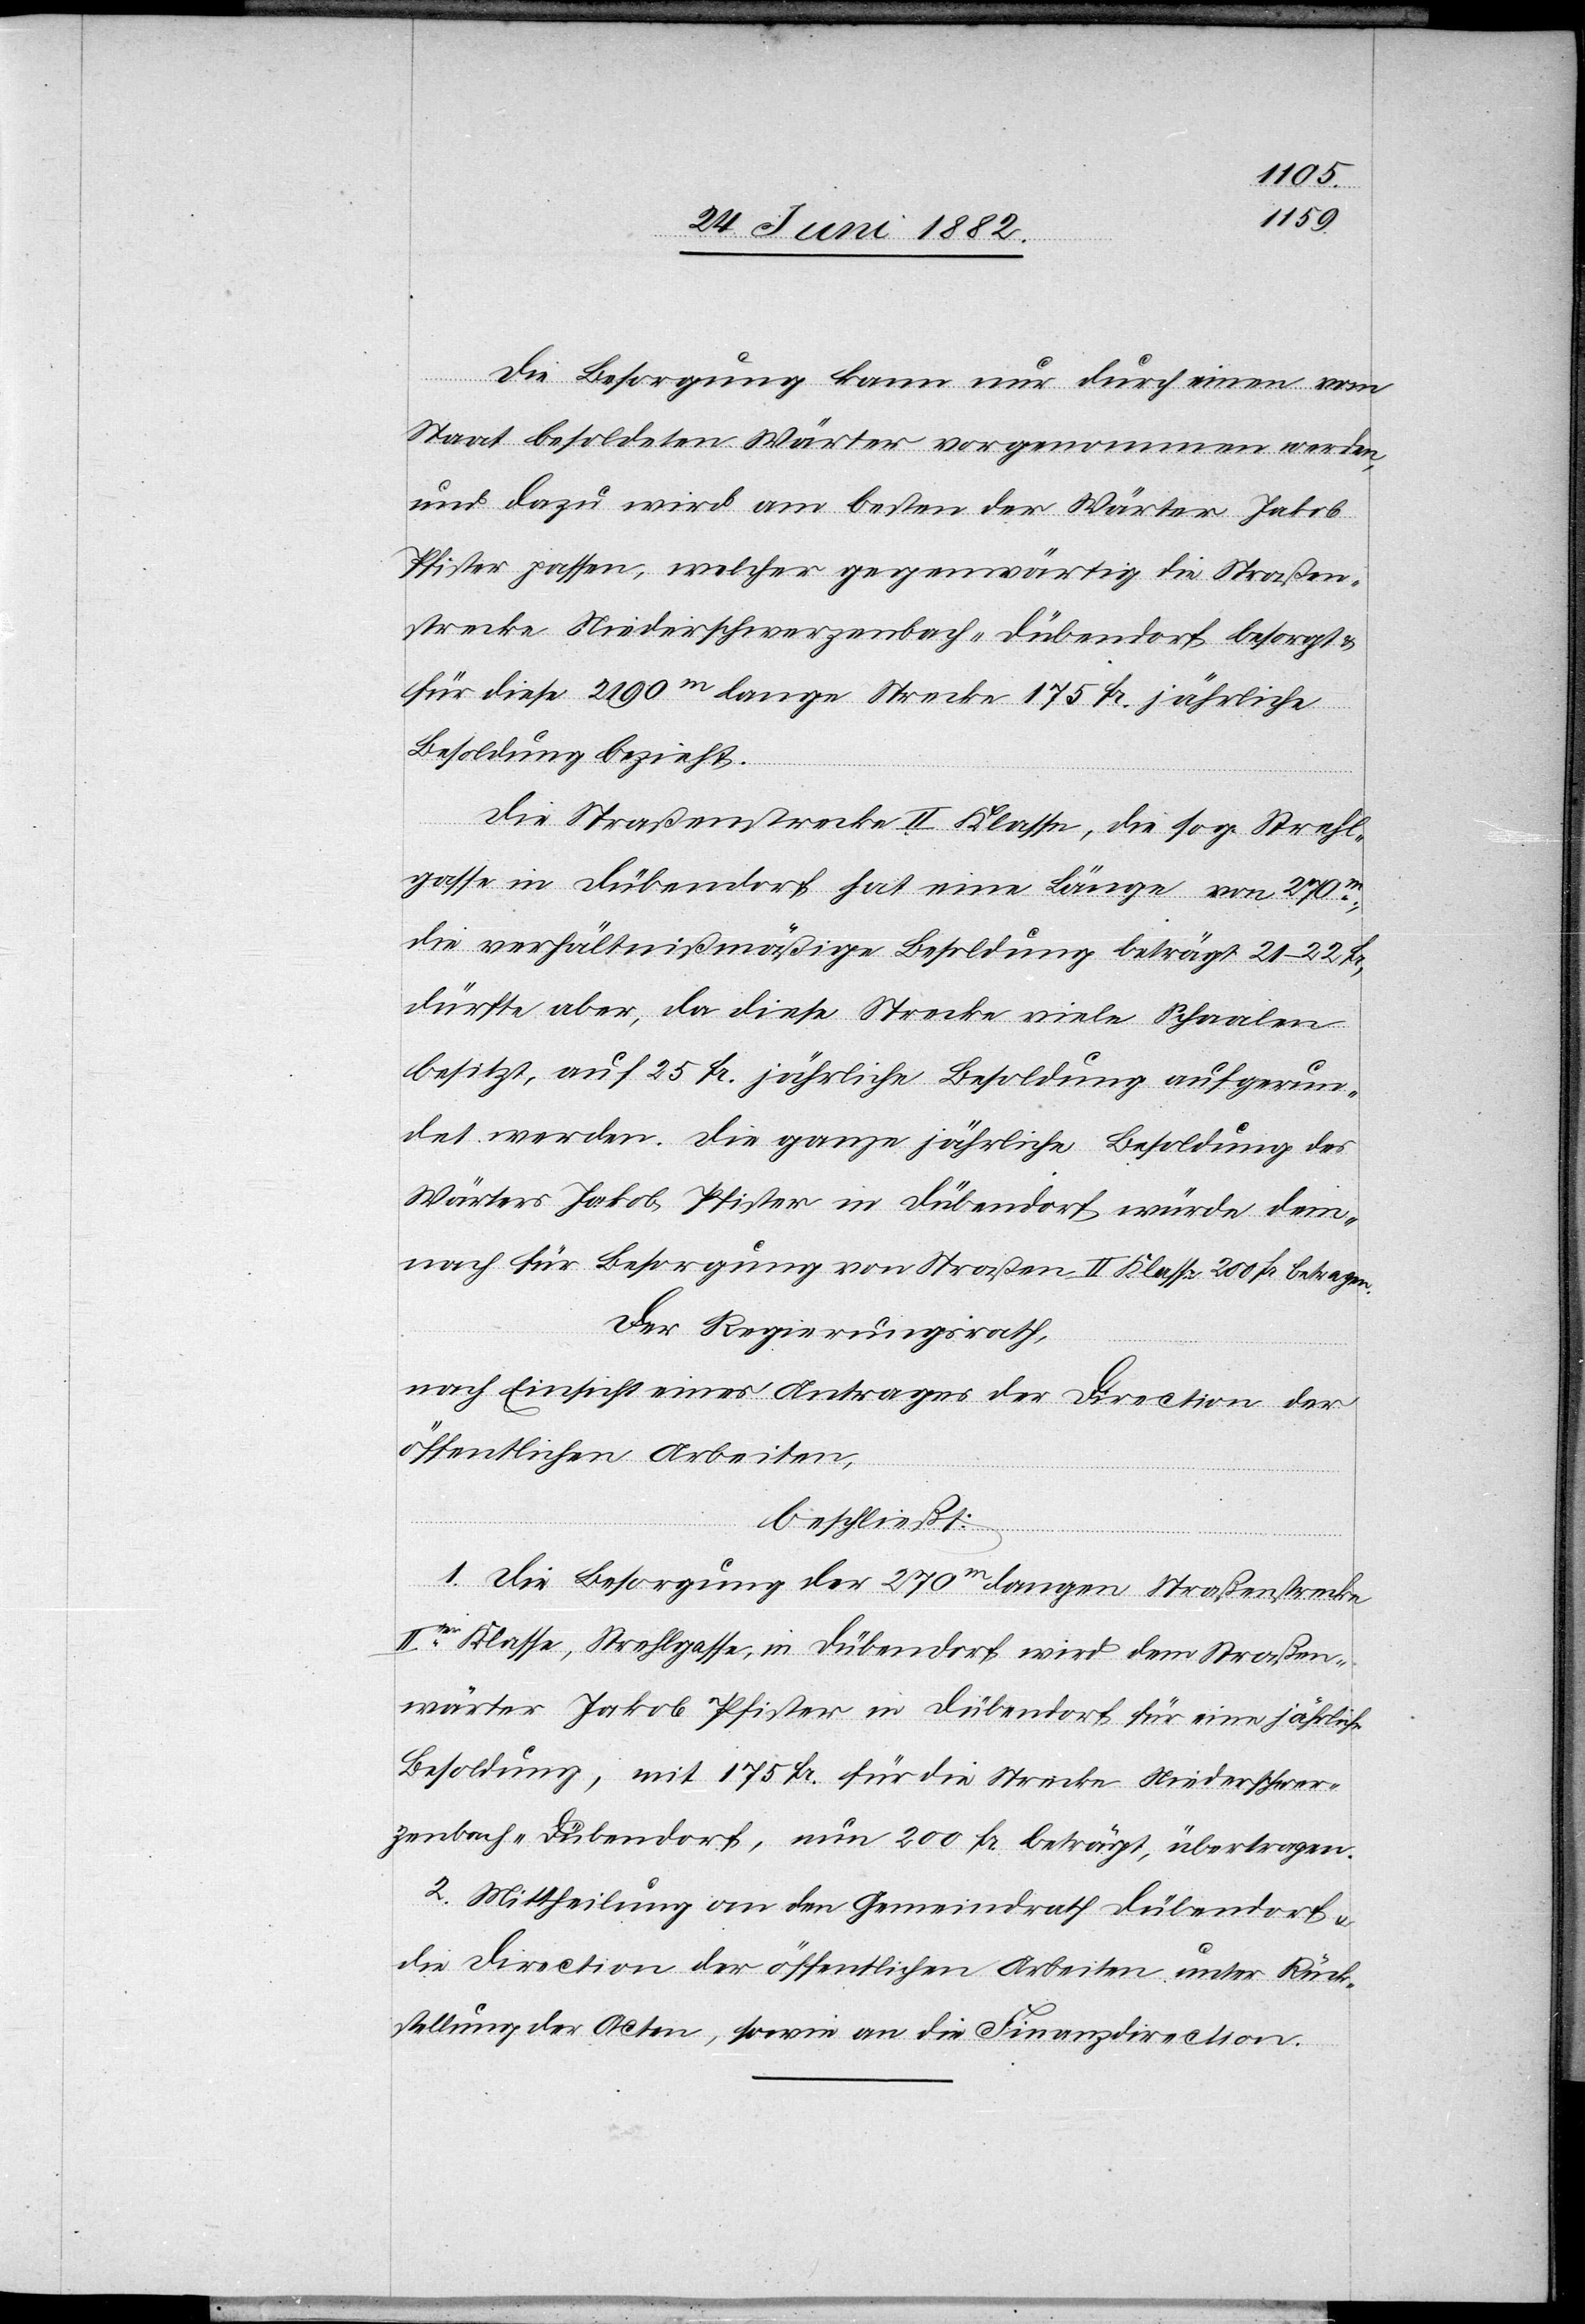
Die Besorgung kann nur durch einen vom
Staat besoldeten Wärter vorgenommen werden,
und dazu wird am besten der Wärter Jakob
Pfister passen, welcher gegenwärtig die Straßen¬
strecke Niederschwerzenbach–Dübendorf besorgt
für diese 2190m lange Strecke 175 Fr. jährliche
Besoldung bezieht.
Die Straßenstrecke II. Klasse, die sog. Strehl¬
gasse in Dübendorf hat eine Länge von 270m,
die verhältnißmäßige Besoldung beträgt 21–22
dürfte aber, da diese Strecke viele Schaalen
besitzt, auf 25 Fr. jährliche Besoldung aufgerun¬
det werden. Die ganze jährliche Besoldung des
Wärters Jakob Pfister in Dübendorf würden dem¬
nach für Besorgung von Straßen II. Klasse 200 Fr. betragen.
Der Regierungsrath,
nach Einsicht eines Antrages der Direction der
öffentlichen Arbeiten,
beschließt:
1. Die Besorgung der 270m langen Straßenstrecke
IIter Klasse, Strehlgasse, in Dübendorf wird dem Straßen¬
wärter Jakob Pfister in Dübendorf für eine jährliche
Besoldung, [die] mit 175 Fr. für die Strecke Niederschwer¬
zenbach–Dübendorf, nun 200 Fr. beträgt, übertragen.
2. Mittheilung an den Gemeindrath Dübendorf &
die Direction der öffentlichen Arbeiten unter Rück¬
stellung der Acten, sowie an die Finanzdirection.